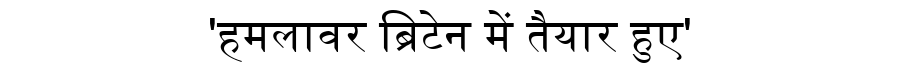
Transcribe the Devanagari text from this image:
'हमलावर ब्रिटेन में तैयार हुए'